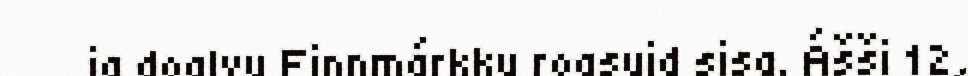
ja doalvu Finnmárkku roasuid sisa. Ášši 12,